65_HS1-834228961_62-HQ-83894_Section_9
Agency: FBI
Page 258
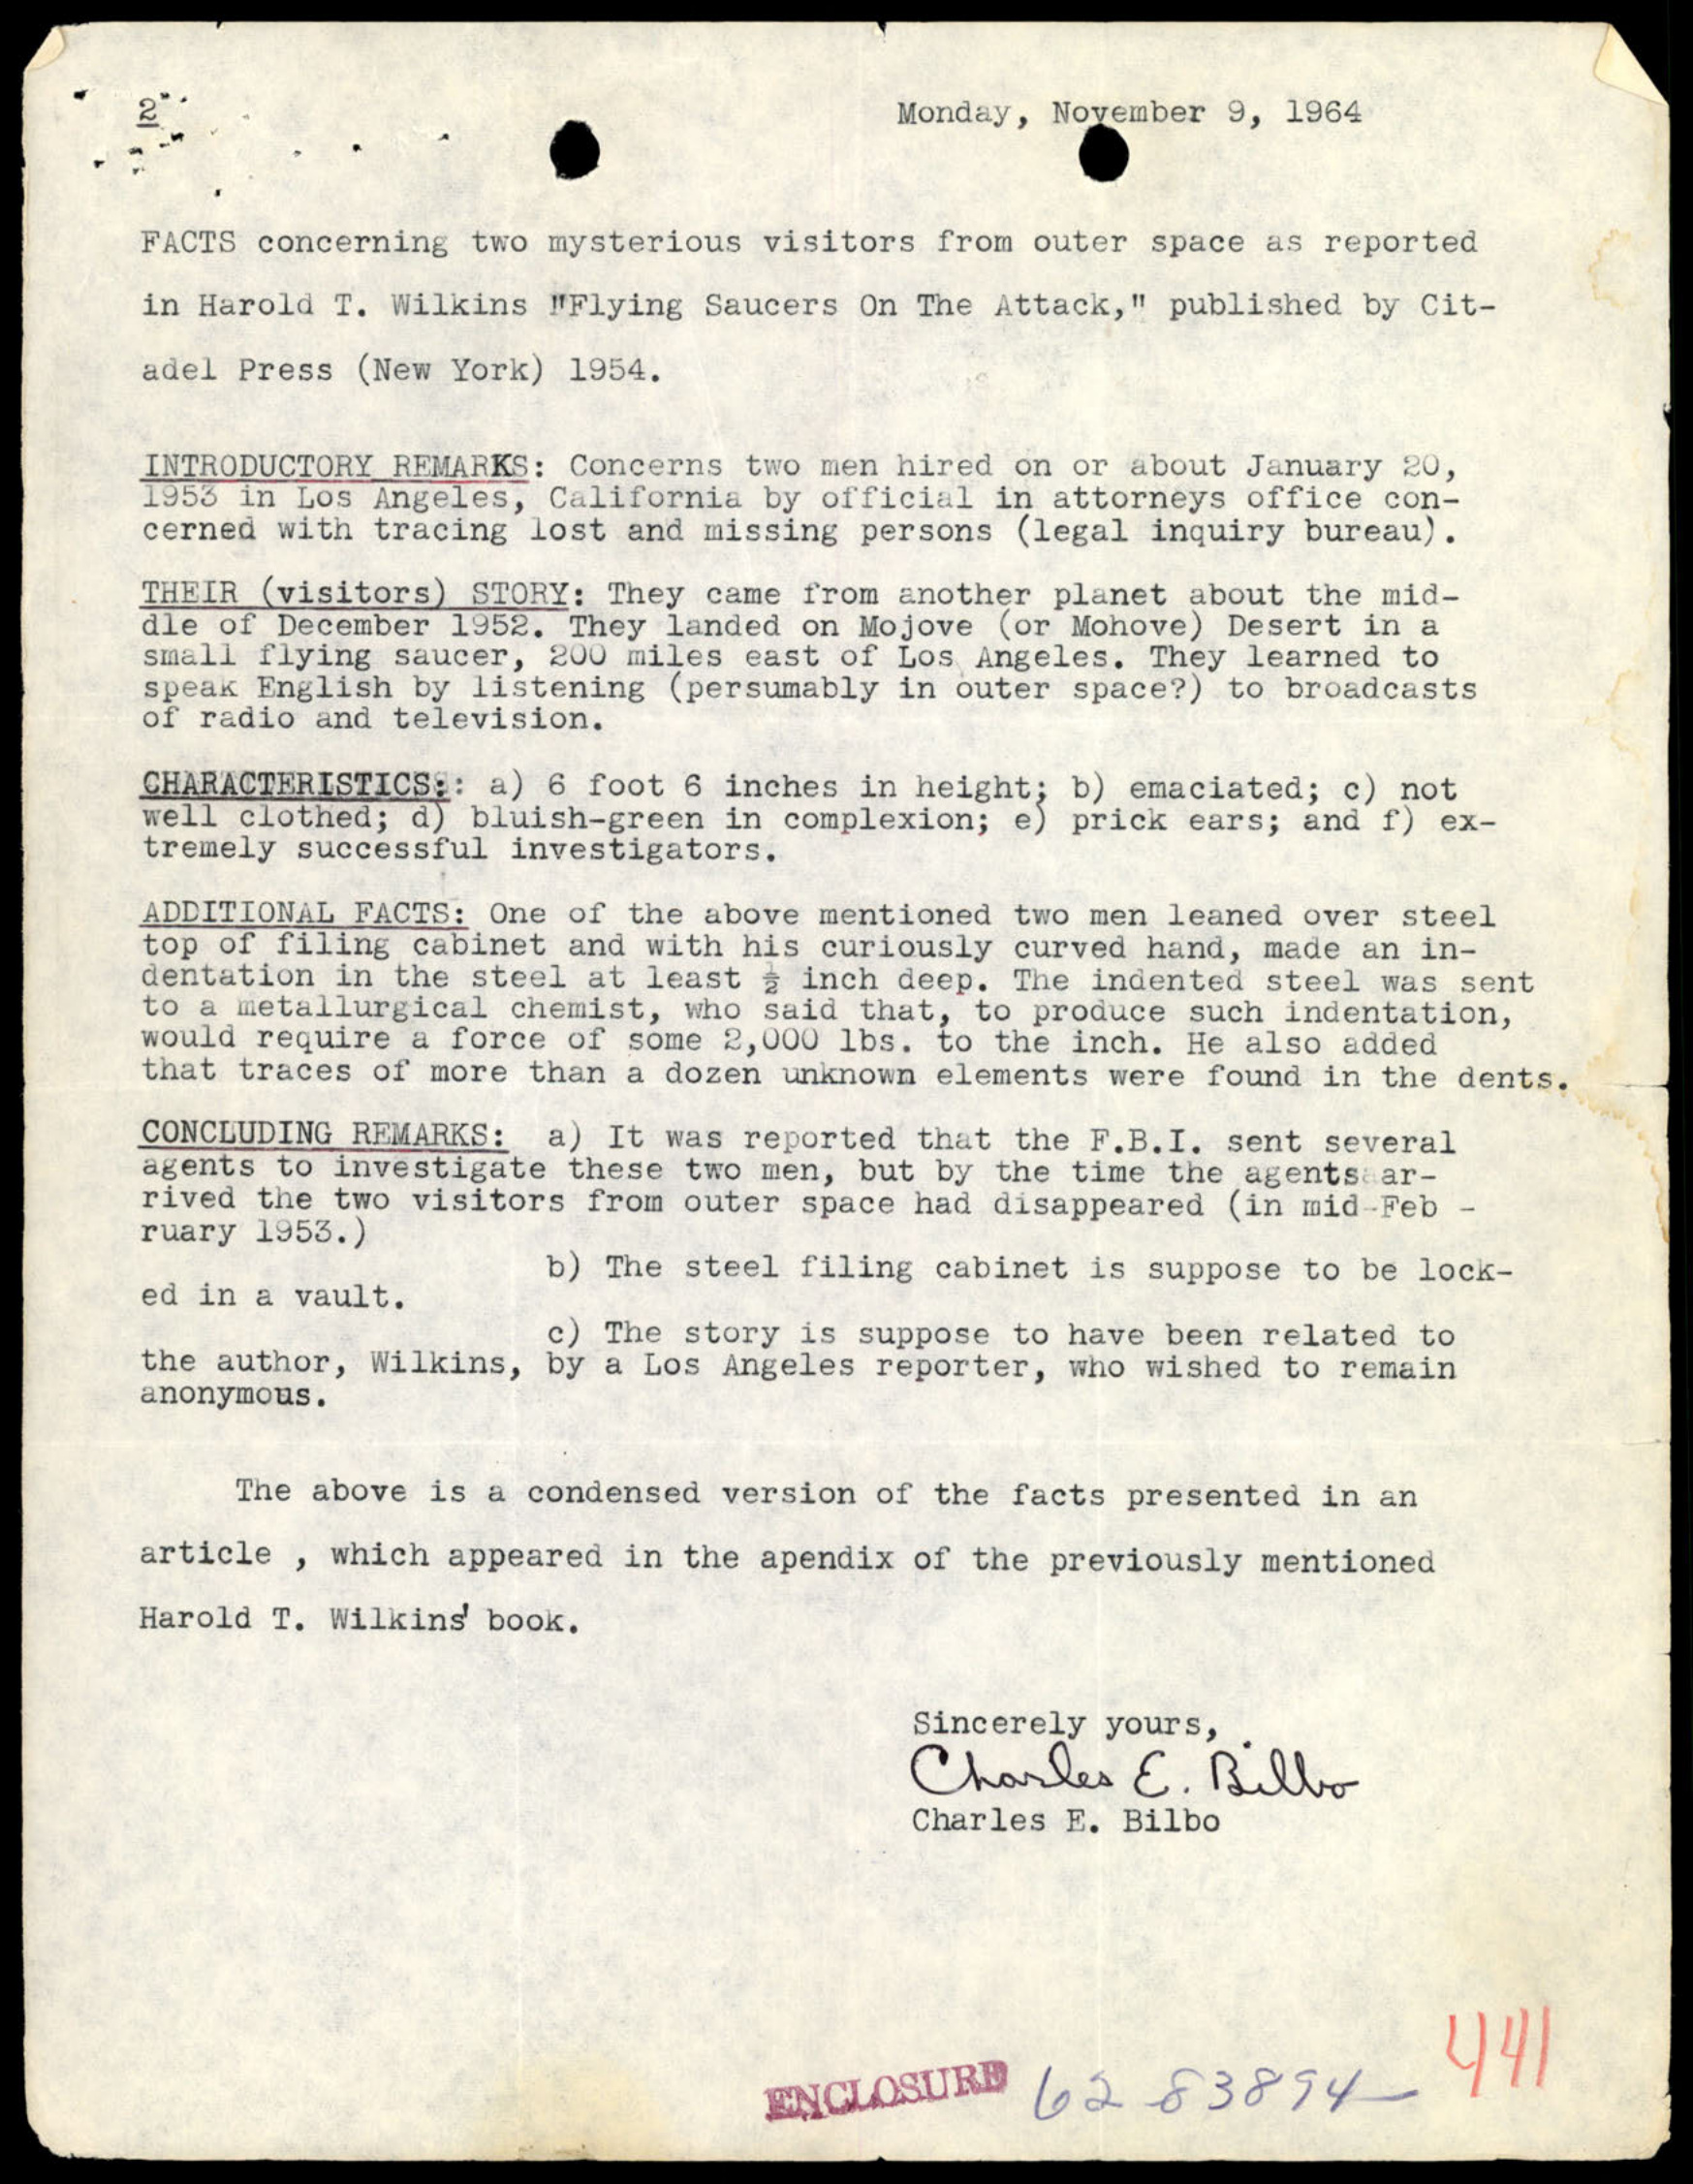